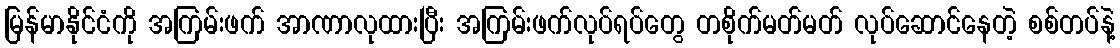
မြန်မာနိုင်ငံကို အကြမ်းဖက် အာဏာလုထားပြီး အကြမ်းဖက်လုပ်ရပ်တွေ တစိုက်မတ်မတ် လုပ်ဆောင်နေတဲ့ စစ်တပ်နဲ့